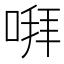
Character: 㗑